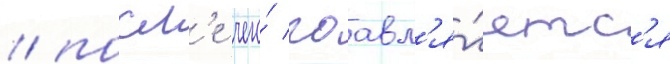
/ посл'е чего́ поавл'я́етс'я